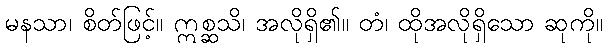
မနသာ၊ စိတ်ဖြင့်။ ဣစ္ဆသိ၊ အလိုရှိ၏။ တံ၊ ထိုအလိုရှိသော ဆုကို။